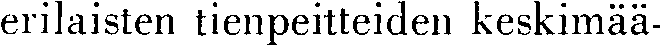
erilaisten tienpeitteiden keskimää-